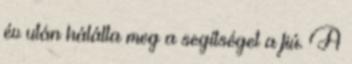
év után hálálta meg a segítséget a fiú. A